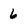
Character: 6